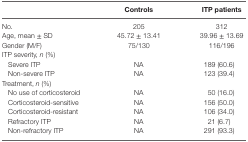
<table><thead><tr><td></td><td><b>Controls</b></td><td><b>ITP patients</b></td></tr></thead><tbody><tr><td>No.</td><td>205</td><td>312</td></tr><tr><td>Age, mean ± SD</td><td>45.72 ± 13.41</td><td>39.96 ± 13.69</td></tr><tr><td>Gender (M/F)</td><td>75/130</td><td>116/196</td></tr><tr><td colspan="3">ITP severity, <i>n</i> (%)</td></tr><tr><td> Severe ITP</td><td>NA</td><td>189 (60.6)</td></tr><tr><td> Non-severe ITP</td><td>NA</td><td>123 (39.4)</td></tr><tr><td colspan="3">Treatment, <i>n</i> (%)</td></tr><tr><td> No use of corticosteroid</td><td>NA</td><td>50 (16.0)</td></tr><tr><td> Corticosteroid-sensitive</td><td>NA</td><td>156 (50.0)</td></tr><tr><td> Corticosteroid-resistant</td><td>NA</td><td>106 (34.0)</td></tr><tr><td> Refractory ITP</td><td>NA</td><td>21 (6.7)</td></tr><tr><td> Non-refractory ITP</td><td>NA</td><td>291 (93.3)</td></tr></tbody></table>